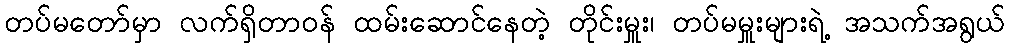
တပ်မတော်မှာ လက်ရှိတာဝန် ထမ်းဆောင်နေတဲ့ တိုင်းမှူး၊ တပ်မမှူးများရဲ့ အသက်အရွယ်